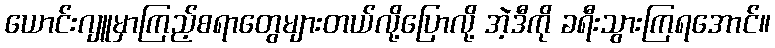
ယောင်းဂျူမှာကြည့်စရာတွေများတယ်လို့ပြောလို့ အဲ့ဒီကို ခရီးသွားကြရအောင်။